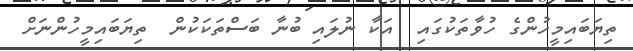
ތިޔަބައިމީހުންގެ ހުވާތަކުގައި  އަކާ ނުލައި ބުނާ ބަސްތަކަކުން  ތިޔަބައިމީހުންނަށް